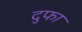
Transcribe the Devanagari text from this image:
दुफा